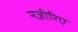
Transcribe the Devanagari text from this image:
नज़ीरिए